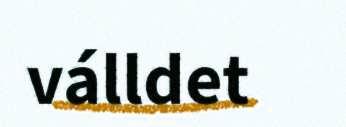
válldet